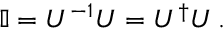
\mathbb { I } = U ^ { - 1 } U = U ^ { \dag } U \, .